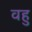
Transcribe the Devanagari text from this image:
वहु